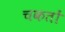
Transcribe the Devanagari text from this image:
चकतों